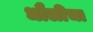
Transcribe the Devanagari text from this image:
धौलीचा